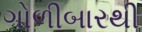
ગોળીબારથી